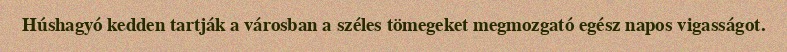
Húshagyó kedden tartják a városban a széles tömegeket megmozgató egész napos vigasságot.